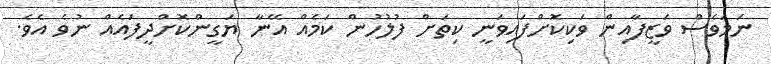
ނަމަވެސް ވަޒީފާއިން ވަކިކޮށްފައިވަނީ ކިތަށް ފުލުހުން ކަމެއް އޭނާ ޔަގީންކޮށްދީފައެއް ނުވެ އެވެ.